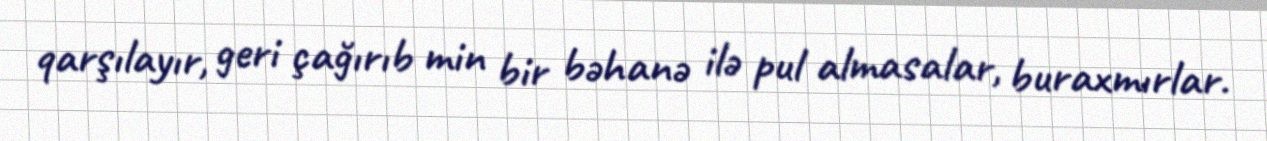
qarşılayır, geri çağırıb min bir bəhanə ilə pul almasalar, buraxmırlar.